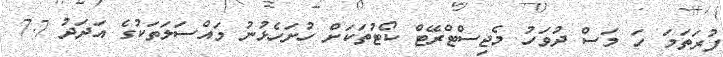
ފުރަތަމަ ހަ މަސް ދުވަހު މެޖިސްޓްރޭޓް ކޯޓުތަކަށް ހުށަހެޅުނު މައްސަލަތަކުގެ އަދަދު 7.7